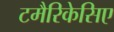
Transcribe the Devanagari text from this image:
टमैरिकेसिए